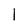
Character: l